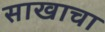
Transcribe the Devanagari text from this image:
साखाचा